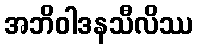
အဘိဝါဒနသီလိဿ